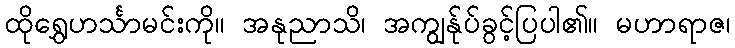
ထိုရွှေဟင်္သာမင်းကို။ အနုညာသိ၊ အကျွန်ုပ်ခွင့်ပြပါ၏။ မဟာရာဇ၊